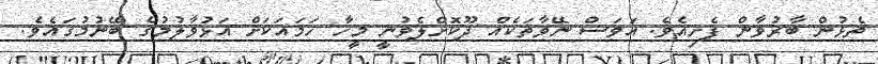
ތެޅުން ބާރުވާން ފެށިއެވެ. އަވަސް ނޭވާތަކެއް ދޫކޮށްލެވުނީ މީހާ ހަމައަކަށް އަޅުވާލުމުގެ ބޭނުމުގައެވެ.